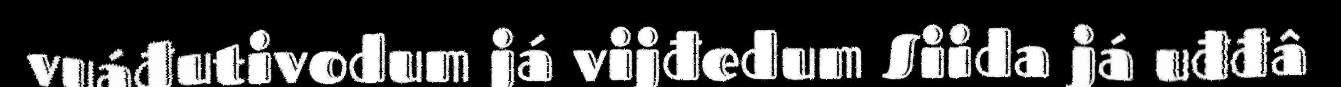
vuáđutivodum já vijđedum Siida já uđđâ